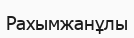
Рахымжанұлы